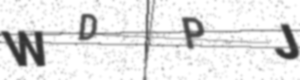
Text: WDPJ